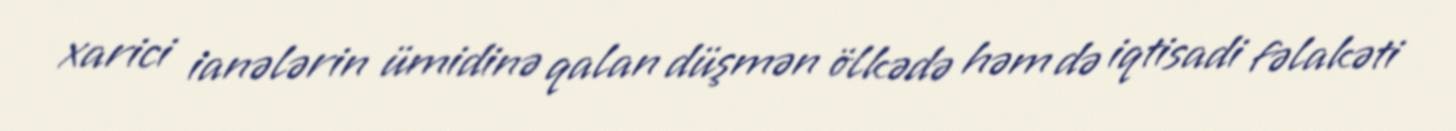
xarici ianələrin ümidinə qalan düşmən ölkədə həm də iqtisadi fəlakəti